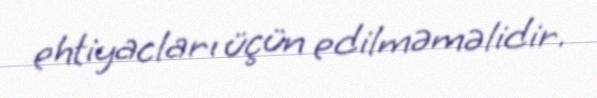
ehtiyacları üçün edilməməlidir.